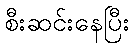
စီးဆင်းနေပြီး